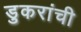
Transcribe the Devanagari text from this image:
डुकरांची